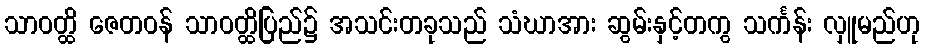
သာဝတ္ထိ ဇေတဝန် သာဝတ္ထိပြည်၌ အသင်းတခုသည် သံဃာအား ဆွမ်းနှင့်တကွ သင်္ကန်း လှူမည်ဟု